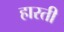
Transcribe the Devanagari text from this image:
हारती